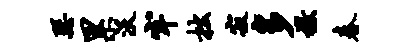
瑟累沃牢拙寂多檄春